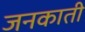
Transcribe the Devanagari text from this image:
जनकाती